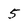
Character: 5